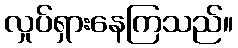
လှုပ်ရှားနေကြသည်။